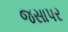
જસાપર